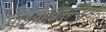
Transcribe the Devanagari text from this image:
माइक्रोकान्ड्रिया